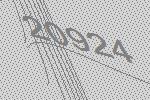
20924